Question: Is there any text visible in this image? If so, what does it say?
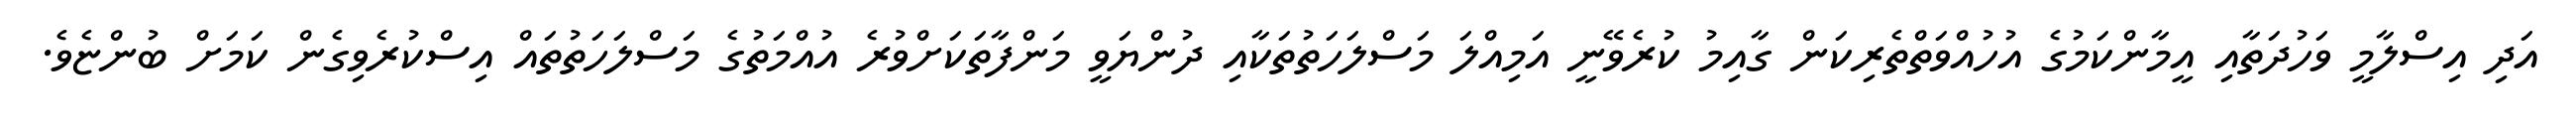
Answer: އަދި އިސްލާމީ ވަހުދަތާއި އީމާންކަމުގެ އުހުއްވަތްތެރިކަން ގާއިމު ކުރެވޭނީ އަމިއްލަ މަސްލަހަތުތަކާއި ދުންޔަވީ މަންފާތަކަށްވުރެ އުއްމަތުގެ މަސްލަހަތުތައް އިސްކުރެވިގެން ކަމަށް ބުންޏެވެ.